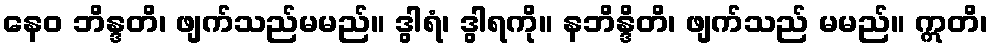
နေဝ ဘိန္ဒတိ၊ ဖျက်သည်မမည်။ ဒွါရံ၊ ဒွါရကို။ နဘိန္ဒိတိ၊ ဖျက်သည် မမည်။ ဣတိ၊